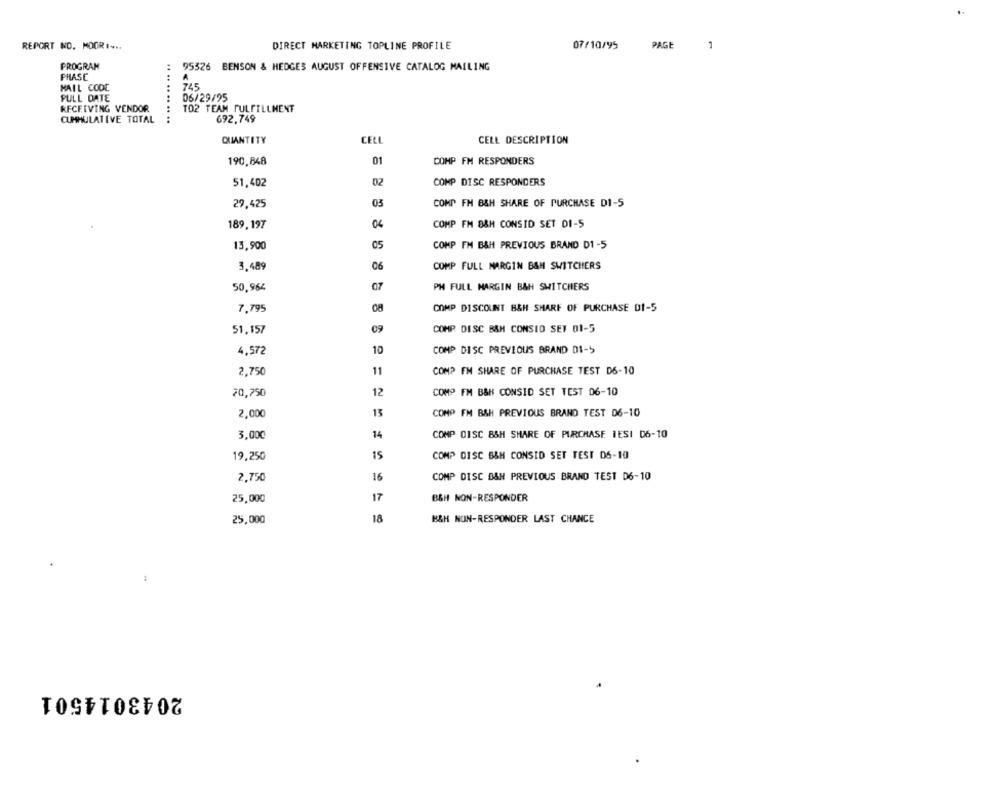
REPORT NO. MOOR ....
DIRECT MARKETING TOPLINE PROFILE
07/10/95
PAGE
1
PROGRAM
95326 BENSON & HEDGES AUGUST OFFENSIVE CATALOG MAILING
PHASE
MAIL CODE
745
PULL DATE
06/29/95
RECEIVING VENDOR
TO2 TEAM FULFILLMENT
CUMHULATIVE TOTAL
... .... .. ..
692,749
QUANTITY
CELL
CELL DESCRIPTION
190,848
01
COMP FM RESPONDERS
51,402
02
COMP DISC RESPONDERS
29,425
03
COMP FH B&H SHARE OF PURCHASE DI-5
189,197
04
COMP FM 8&M CONSID SET DI-S
13,900
05
COMP FM B&H PREVIOUS BRAND D1-5
3,489
06
COMP FULL MARGIN BAN SWITCHERS
PH FULL MARGIN B&H SWITCHERS
50,964
7.795
COMP DISCOUNT B&H SHARF OF PURCHASE DI-5
51.157
09
COMP. DISC B&H CONSID SET 01-5
4,572
10
COMP DISC PREVIOUS BRAND DI-5
2,750
11
COMP FM SHARE OF PURCHASE TEST D6-10
20,750
12
COMP FM B&H CONSID SET TEST 06-10
13
2,000
COMP FM BAH PREVIOUS BRAND TEST 06-10
3,000
14
COMP DISC 8&H SHARE OF PURCHASE TESI 06-10
19,250
15
COMP DISC B&H CONSID SET TEST DS-10
16
COMP DISC BAN PREVIOUS BRAND TEST D6-10
2,750
17
B&H NON-RESPONDER
25,000
25,000
18
B&H NON-RESPONDER LAST CHANCE
2043014501